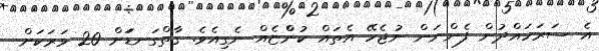
އެ ސަރަހައްދުން ފެންނަން ނުޖެހޭ އެތައް ކުންްޏެއް ނެގިއެވެ. ގާތްގަނޑަަށް 20 ވަރަކަށް